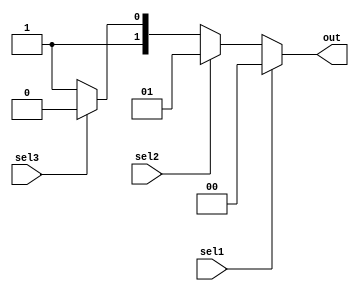
module assigntest (sel1, sel2, sel3, out);
  input sel1, sel2, sel3;
  output wire [1:0] out;
  assign out = sel1 ? 2'b00:
               sel2 ? 2'b01: 
               sel3 ? 2'b10:
               2'b11;
endmodule